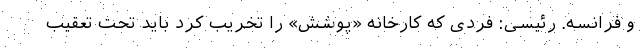
و فرانسه. رئیسی: فردی که کارخانه «پوشش» را تخریب کرد باید تحت تعقیب